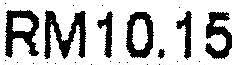
RM10.15